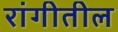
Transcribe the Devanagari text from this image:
रांगीतील